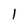
Character: 1